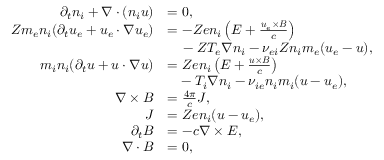
\begin{array} { r l } { \partial _ { t } n _ { i } + \nabla \cdot ( n _ { i } \boldsymbol { u } ) } & { = 0 , } \\ { Z m _ { e } n _ { i } ( \partial _ { t } \boldsymbol { u } _ { e } + \boldsymbol { u } _ { e } \cdot \nabla \boldsymbol { u } _ { e } ) } & { = - Z e n _ { i } \left( \boldsymbol { E } + \frac { \boldsymbol { u } _ { e } \times \boldsymbol { B } } { c } \right) } \\ & { \phantom { = } \, - Z T _ { e } \nabla n _ { i } - \nu _ { e i } Z n _ { i } m _ { e } ( \boldsymbol { u } _ { e } - \boldsymbol { u } ) , } \\ { m _ { i } n _ { i } ( \partial _ { t } \boldsymbol { u } + \boldsymbol { u } \cdot \nabla \boldsymbol { u } ) } & { = { Z e n _ { i } } \left( E + \frac { \boldsymbol { u } \times \boldsymbol { B } } { c } \right) } \\ & { \phantom { = } - { T _ { i } } \nabla n _ { i } - \nu _ { i e } n _ { i } m _ { i } ( \boldsymbol { u } - \boldsymbol { u } _ { e } ) , } \\ { \nabla \times \boldsymbol { B } } & { = \frac { 4 \pi } { c } \boldsymbol { J } , } \\ { \boldsymbol { J } } & { = Z e n _ { i } ( \boldsymbol { u } - \boldsymbol { u } _ { e } ) , } \\ { \partial _ { t } \boldsymbol { B } } & { = - c \nabla \times \boldsymbol { E } , } \\ { \nabla \cdot \boldsymbol { B } } & { = 0 , } \end{array}